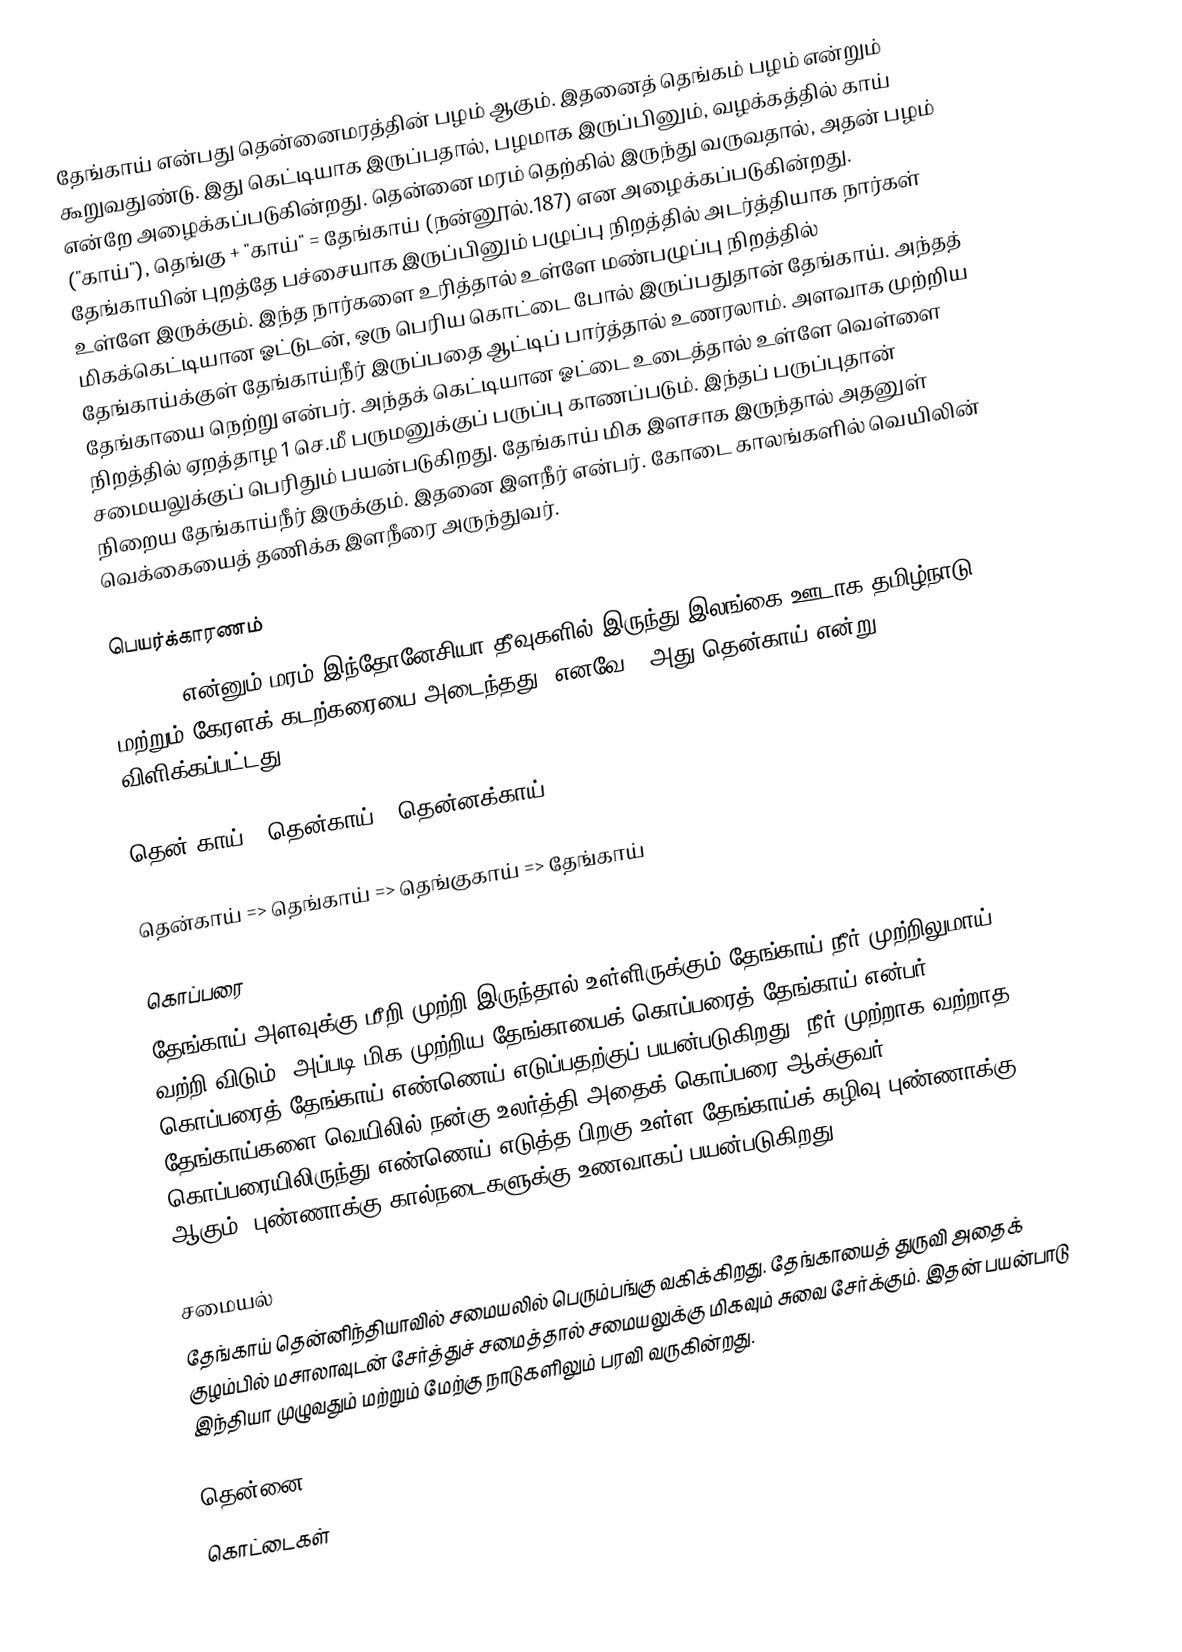
தேங்காய் என்பது தென்னைமரத்தின் பழம் ஆகும். இதனைத் தெங்கம் பழம் என்றும் கூறுவதுண்டு. இது கெட்டியாக இருப்பதால், பழமாக இருப்பினும், வழக்கத்தில் காய் என்றே அழைக்கப்படுகின்றது. தென்னை மரம் தெற்கில் இருந்து வருவதால், அதன் பழம் ("காய்"), தெங்கு + "காய்" = தேங்காய் (நன்னூல்.187) என அழைக்கப்படுகின்றது. தேங்காயின் புறத்தே பச்சையாக இருப்பினும் பழுப்பு நிறத்தில் அடர்த்தியாக நார்கள் உள்ளே இருக்கும். இந்த நார்களை உரித்தால் உள்ளே மண்பழுப்பு நிறத்தில் மிகக்கெட்டியான ஓட்டுடன், ஒரு பெரிய கொட்டை போல் இருப்பதுதான் தேங்காய். அந்தத் தேங்காய்க்குள் தேங்காய்நீர் இருப்பதை ஆட்டிப் பார்த்தால் உணரலாம். அளவாக முற்றிய தேங்காயை நெற்று என்பர். அந்தக் கெட்டியான ஓட்டை உடைத்தால் உள்ளே வெள்ளை நிறத்தில் ஏறத்தாழ 1 செ.மீ பருமனுக்குப் பருப்பு காணப்படும். இந்தப் பருப்புதான் சமையலுக்குப் பெரிதும் பயன்படுகிறது. தேங்காய் மிக இளசாக இருந்தால் அதனுள் நிறைய தேங்காய்நீர் இருக்கும். இதனை இளநீர் என்பர். கோடை காலங்களில் வெயிலின் வெக்கையைத் தணிக்க இளநீரை அருந்துவர்.

பெயர்க்காரணம்
Coconut என்னும் மரம் இந்தோனேசியா தீவுகளில் இருந்து இலங்கை ஊடாக தமிழ்நாடு மற்றும் கேரளக் கடற்கரையை அடைந்தது. எனவே , அது தென்காய் என்று விளிக்கப்பட்டது.

தென்+காய் = தென்காய் ( தென்னக்காய் )

தென்காய்  => தெங்காய் => தெங்குகாய் => தேங்காய்

கொப்பரை
தேங்காய் அளவுக்கு மீறி முற்றி இருந்தால் உள்ளிருக்கும் தேங்காய் நீர் முற்றிலுமாய் வற்றி விடும், அப்படி மிக முற்றிய தேங்காயைக் கொப்பரைத் தேங்காய் என்பர். கொப்பரைத் தேங்காய் எண்ணெய் எடுப்பதற்குப் பயன்படுகிறது. நீர் முற்றாக வற்றாத தேங்காய்களை வெயிலில் நன்கு உலர்த்தி அதைக் கொப்பரை ஆக்குவர். கொப்பரையிலிருந்து எண்ணெய் எடுத்த பிறகு உள்ள தேங்காய்க் கழிவு புண்ணாக்கு ஆகும். புண்ணாக்கு கால்நடைகளுக்கு உணவாகப் பயன்படுகிறது.

சமையல்
தேங்காய் தென்னிந்தியாவில் சமையலில் பெரும்பங்கு வகிக்கிறது. தேங்காயைத் துருவி அதைக் குழம்பில் மசாலாவுடன் சேர்த்துச் சமைத்தால் சமையலுக்கு மிகவும் சுவை சேர்க்கும். இதன் பயன்பாடு இந்தியா முழுவதும் மற்றும் மேற்கு நாடுகளிலும் பரவி வருகின்றது.

தென்னை
கொட்டைகள்